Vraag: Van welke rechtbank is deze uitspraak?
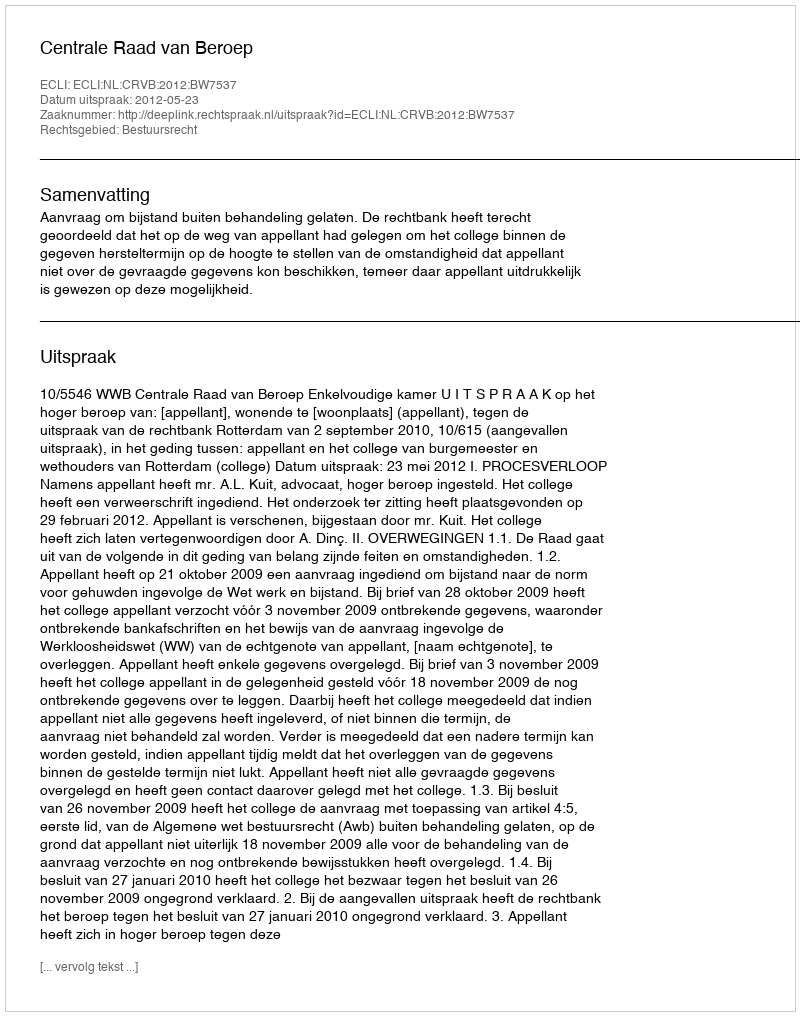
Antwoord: Centrale Raad van Beroep